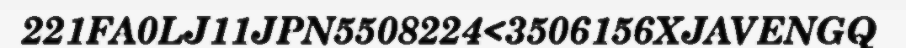
221FA0LJ11JPN5508224<3506156XJAVENGQ